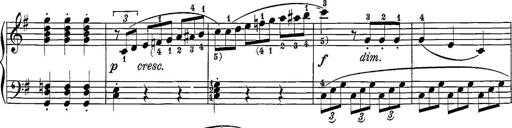
Title: 12 Sonatine per Pianoforte
Composer: Friedrich Kuhlau